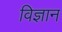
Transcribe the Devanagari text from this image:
विज्ञान